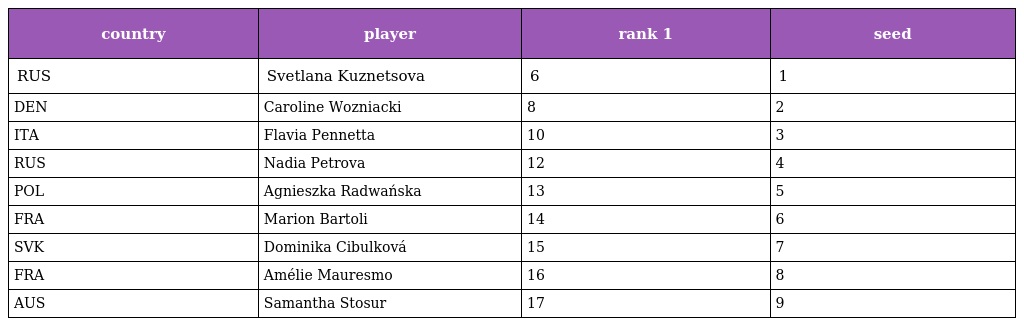
| country | player | rank 1 | seed |
 | --- | --- | --- | --- |
 | RUS | Svetlana Kuznetsova | 6 | 1 |
 | DEN | Caroline Wozniacki | 8 | 2 |
 | ITA | Flavia Pennetta | 10 | 3 |
 | RUS | Nadia Petrova | 12 | 4 |
 | POL | Agnieszka Radwańska | 13 | 5 |
 | FRA | Marion Bartoli | 14 | 6 |
 | SVK | Dominika Cibulková | 15 | 7 |
 | FRA | Amélie Mauresmo | 16 | 8 |
 | AUS | Samantha Stosur | 17 | 9 |